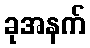
ခုအနက်